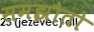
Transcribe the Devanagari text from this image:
समझौतो